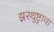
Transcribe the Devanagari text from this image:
झरथुष्ट्राचा